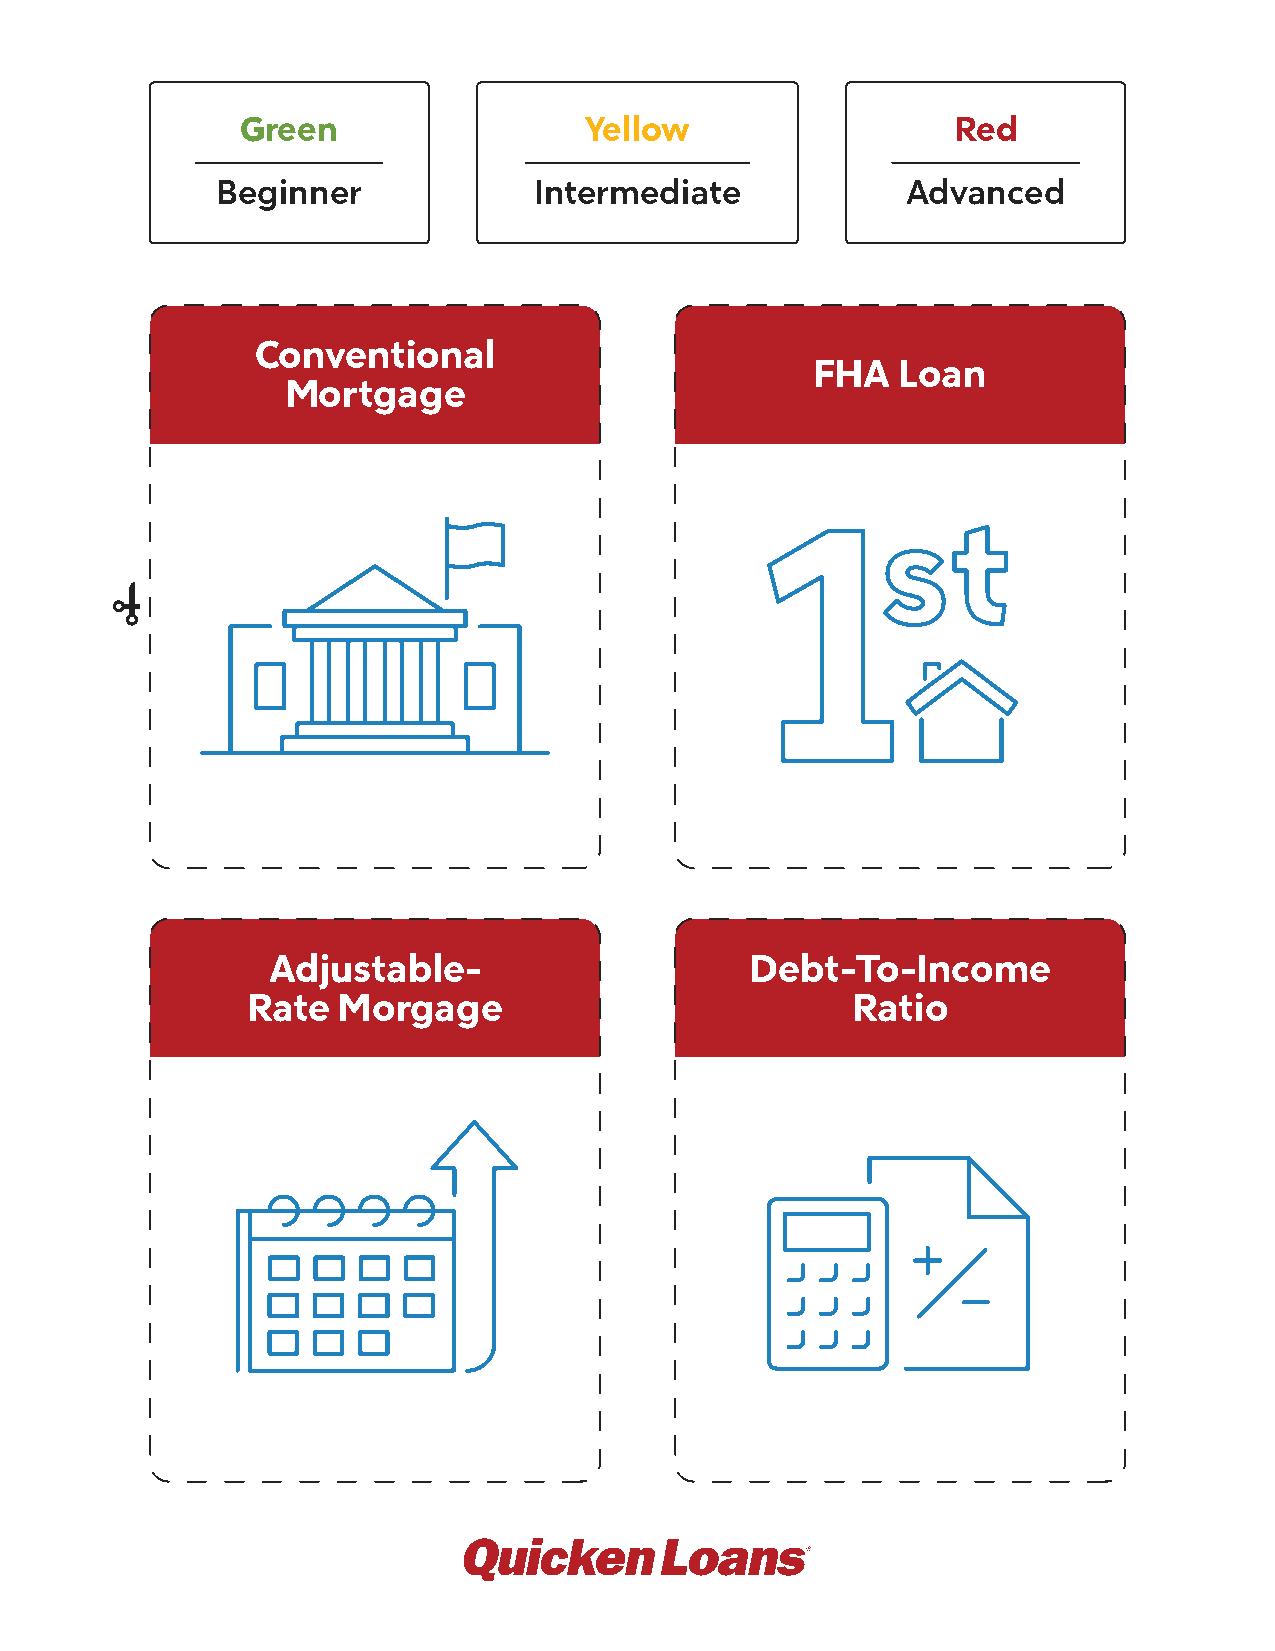
Green                  Yellow                  Red
 Beginner             Intermediate             Advanced
 Conventional
 FHA   Loan
 Mortgage
 Adjustable-                     Debt-To-Income
 Rate  Morgage                           Ratio